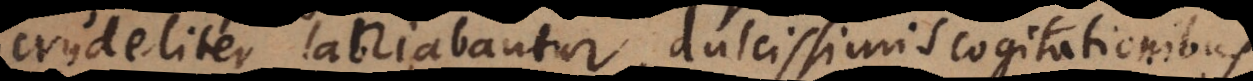
crudeliter laniabantur, dulcissimis cogitationibus